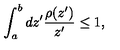
\int _ { a } ^ { b } d z ^ { \prime } { \frac { \rho ( z ^ { \prime } ) } { z ^ { \prime } } } \leq 1 ,